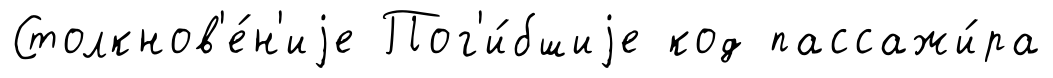
Столкнов'е́н'иjе Пог'и́бшиjе код пассажи́ра